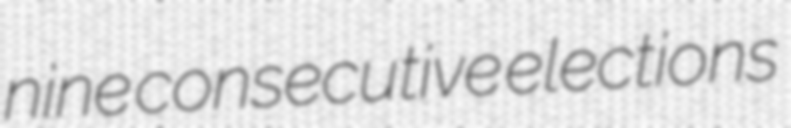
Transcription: nine consecutive elections